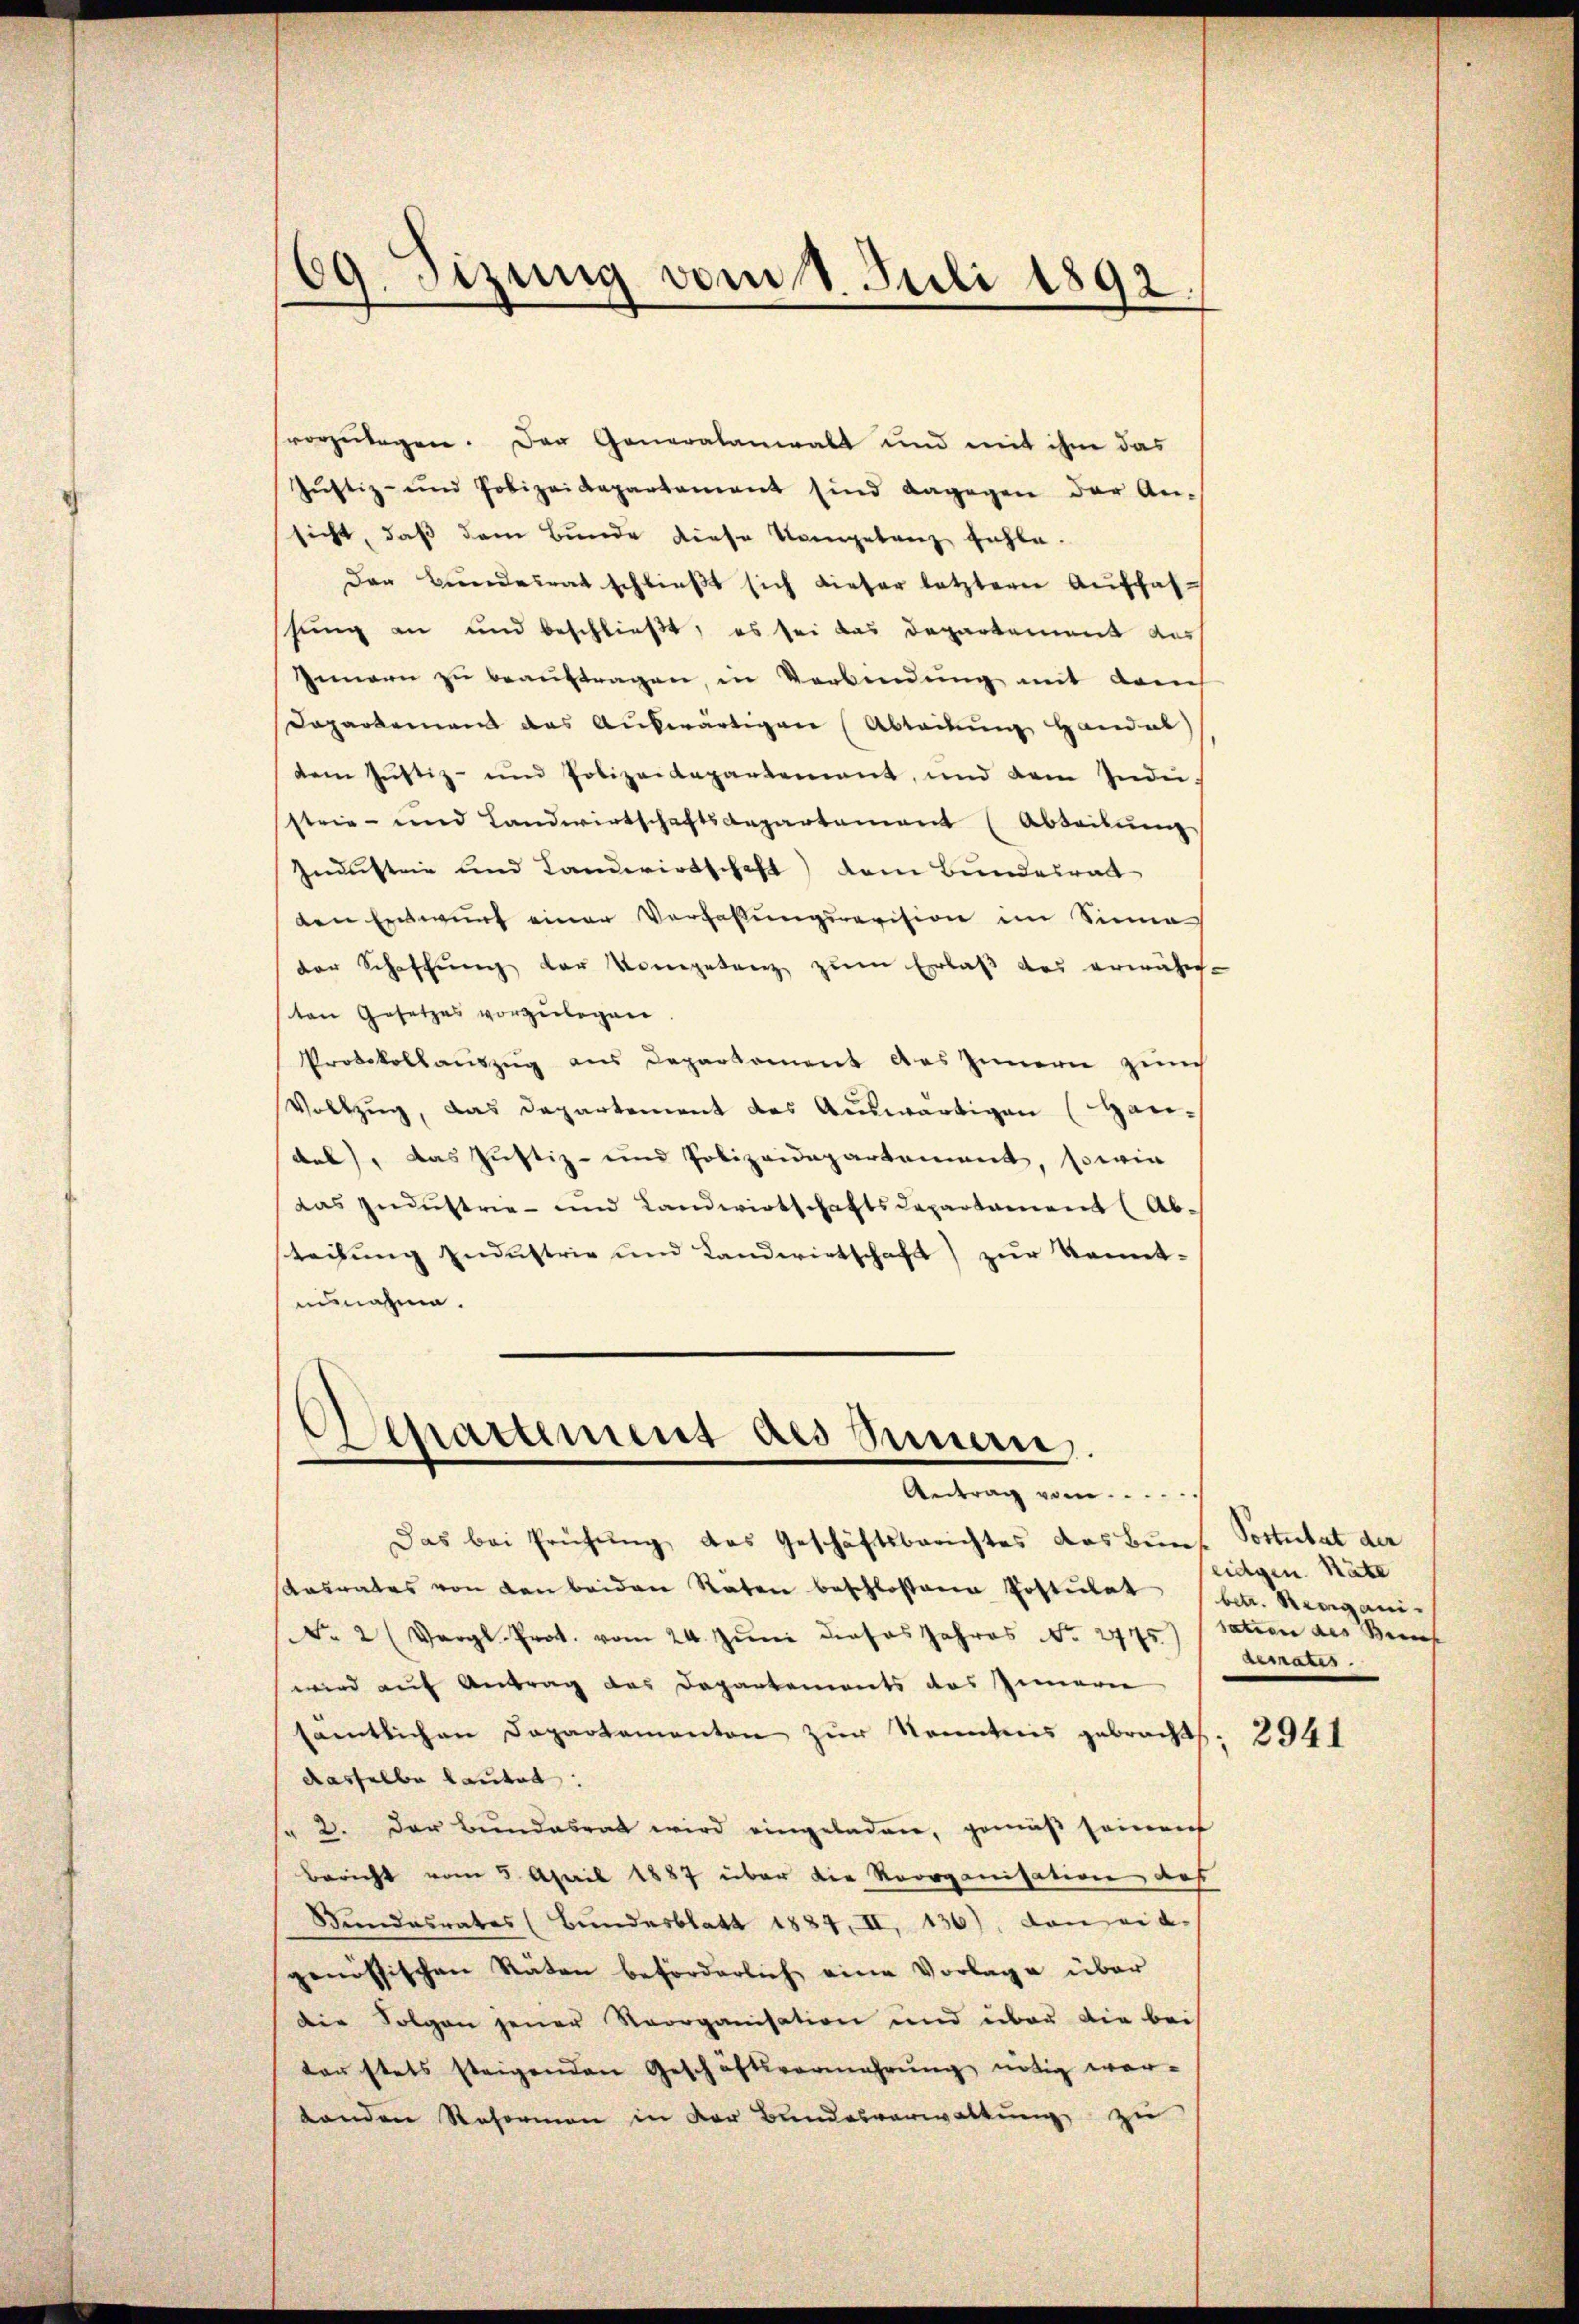
69. Sizung vom 1. Juli 1892.

vorzulagen. Der Generalanwalt und mit ihm das
Jŭstiz- und Polizeidepartement sind dagegen der An-
sicht, daß dem Bunde diese Vorgetrag fühle.
der Bundesrat schließt sich dieser letzterer Auffalssung an und beschlieβt, es sei das Departement dass
Innern zŭ beaŭftragen, in Verbindung mit dem
Dapartement das Auswärtigen (Abteilung Handal)
dem Justiz- und Polizeidepartement, und dem Inde-
strie- und Landwirtschaftsdepartement (Abteilung
Jndustrie und Landwirtschaft) dem Bundesrat
den Entwurf einer Verfaßungsrevision im Sinne
der Schaffung der Kompetenz zum Erlaß das erwähn-
ten Gesetzes vorzulegen.
Protokollauszug aus Deparkoment das Innern zürch
Vollzŭg, das Departement des Aŭswärtigen (Han-
dal), das Justiz- und Polizeidepartement, sowie
das Industrie- und Landwirtschaftsdepartament (Ab-
steilung Industrie und Landwirtschaft) zur Kennt-
ausnahme.

natument des Sauern.
Antrag vom....

Das bei Prüfung das Geschäftsberichtes das Buns Postulat der
Aasrates von den beiden Räten beschlossene Postulat (betr. Hergani-
No. 2 (Vergl. Prot. vom 24. Juni dieses Jahres No. 2775) sation des Benef
wird auf Antrag des Departements das Innern
sämtlichen Departementon zur Kenntnis gebracht
dasselbe lautet:
" 2. Der Bŭndesrat wird eingeladen, gemäβ soient
Bericht vom 5. April 1887 über die Reorganisation, daß
Stundesrates (Bundesblatt 1884, II, 136), dan eid.
genössischen Räten beförderlich eine Vorlage über
Die Folgen jener Reorganisation und über die beis
ten stets steigenden Geschäftsvermehrŭng nötig wer-
tenden Reformen in der Bundesverwaltung zu

eidgen. Räte
rsers.

2941